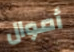
أموال